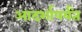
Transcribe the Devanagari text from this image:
आदर्शापर्यंत